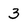
Character: 3